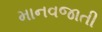
માનવજાતી